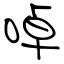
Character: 啅